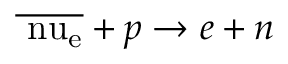
\overline { \mathrm { \ n u _ { e } } } + p \rightarrow e + n